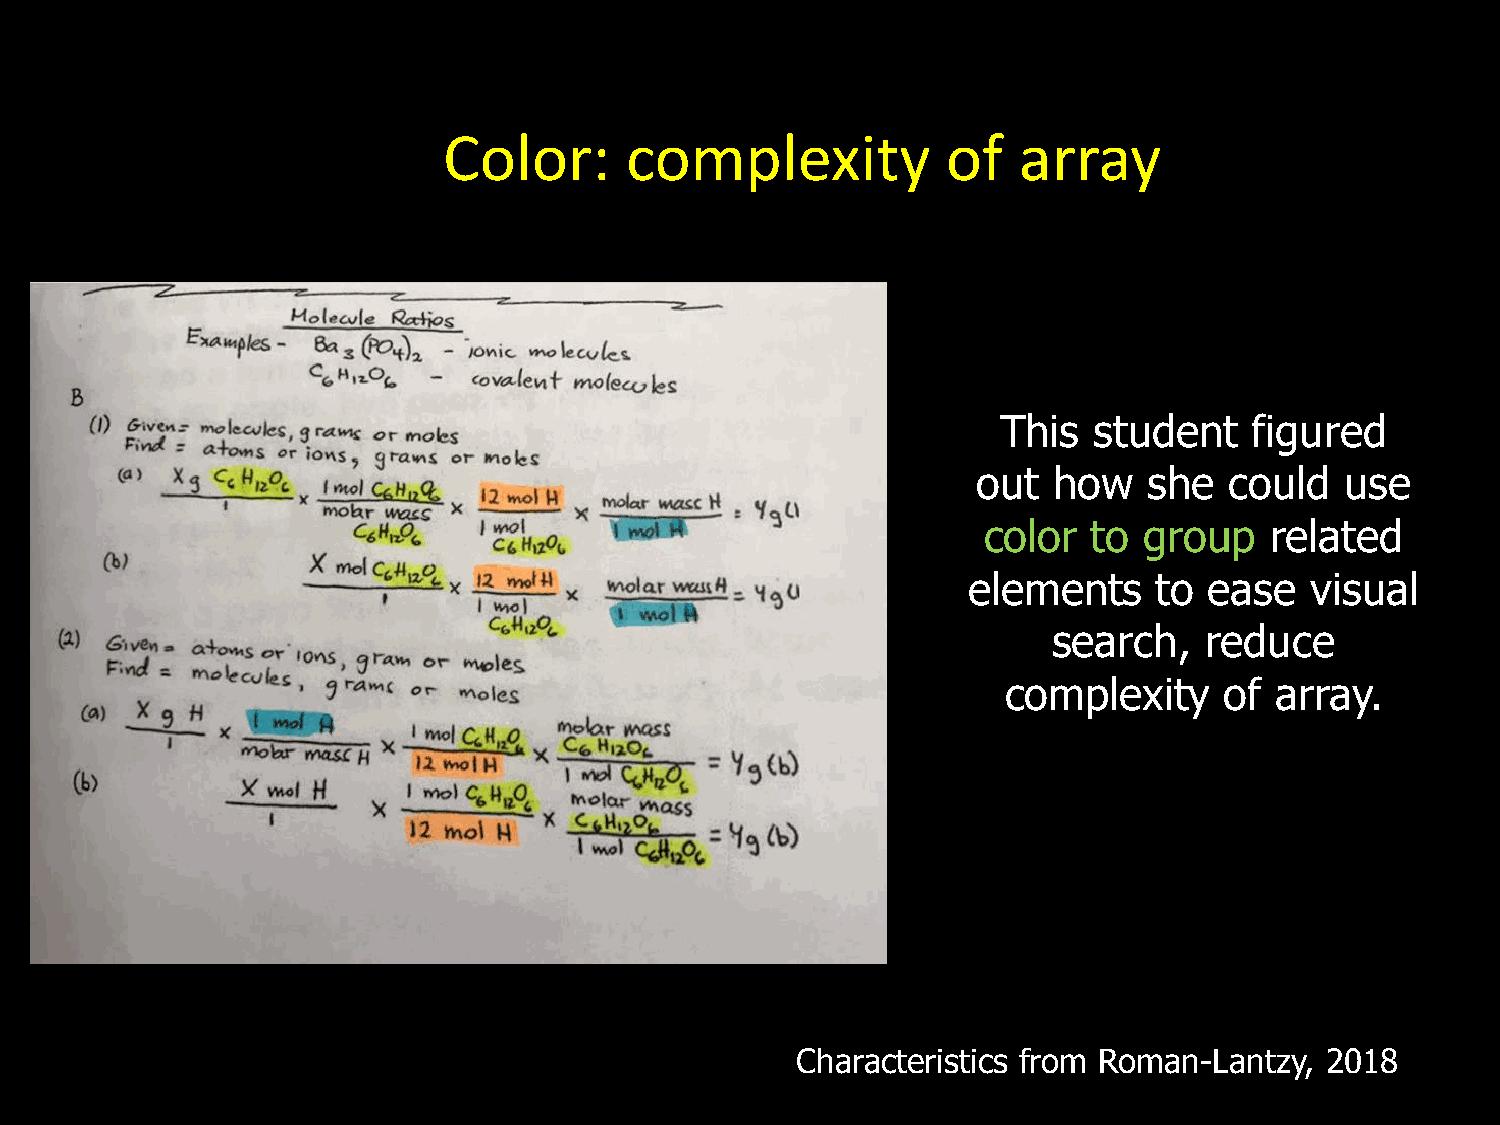
Color:      complexity            of  array
 This  student    figured
 out  how   she  could   use
 color  to  group   related
 elements     to ease   visual
 search,   reduce
 complexity    of array.
 Characteristics from Roman-Lantzy, 2018